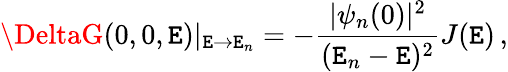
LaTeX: \DeltaG(0,0,\mathtt{E})|_{\mathtt{E}\rightarrow\mathtt{E}_{n}}=-{\frac{{|\psi_{n}(0)|^{2}}}{{(\mathtt{E}_{n}-\mathtt{E})^{2}}}}J(\mathtt{E})\, ,